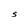
Character: S